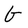
Character: g